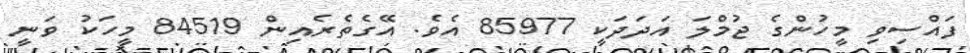
ފައްސިވި މީހުންގެ ޖުމްލަ އަދަދަކީ 85977 އެވެ. އޭގެތެރެއިން 84519 މީހަކު ވަނީ